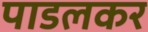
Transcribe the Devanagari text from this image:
पाडलकर